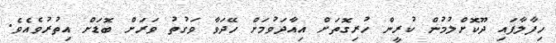
ހިފާލާފައި ދޫކޮށްލުމުން ކުރީން ހުރިގޮތަށް އިއާދަވުމަށް ހޭދަވާ ވަގުތު ވަރަށް ބޮޑަށް އިތުރުވެއެވެ.